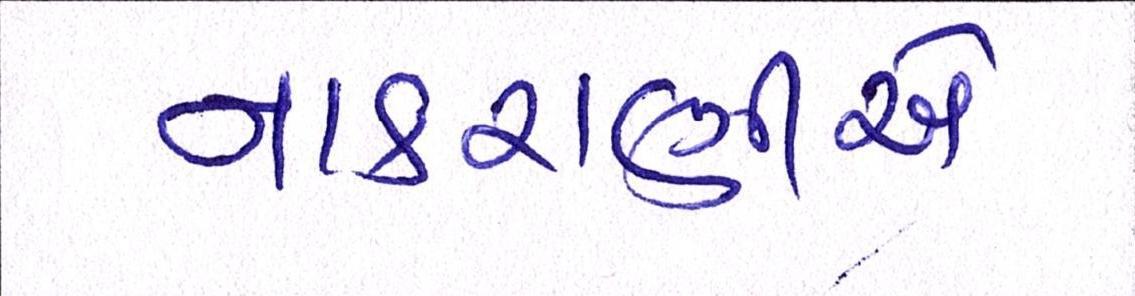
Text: નાકરાણીએ